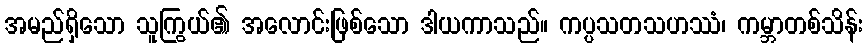
အမည်ရှိသော သူကြွယ်၏ အလောင်းဖြစ်သော ဒါယကာသည်။ ကပ္ပသတသဟဿံ၊ ကမ္ဘာတစ်သိန်း